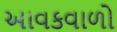
આવકવાળો